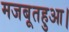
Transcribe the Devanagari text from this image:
मजबूतहुआ।